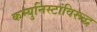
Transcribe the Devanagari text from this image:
कम्युनिस्टांविरूद्ध